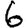
Digit: 6